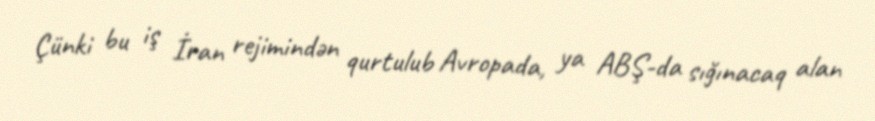
Çünki bu iş İran rejimindən qurtulub Avropada, ya ABŞ-da sığınacaq alan